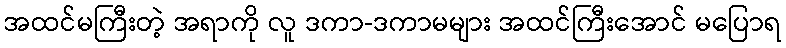
အထင်မကြီးတဲ့ အရာကို လူ ဒကာ-ဒကာမများ အထင်ကြီးအောင် မပြောရ